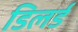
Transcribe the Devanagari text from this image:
डिलर्ड